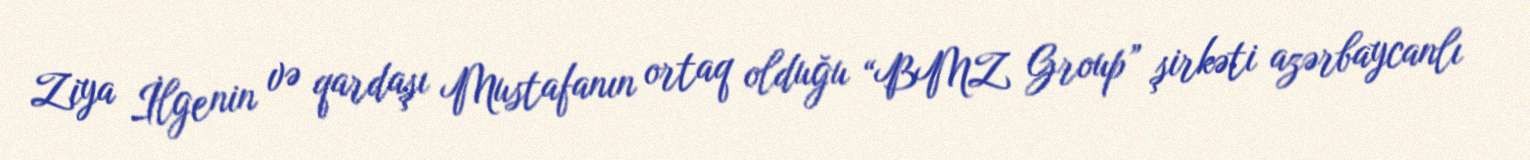
Ziya İlgenin və qardaşı Mustafanın ortaq olduğu “BMZ Group” şirkəti azərbaycanlı